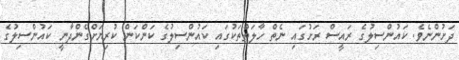
ދަށުންނެވެ. ކައުންސިލުގެ ރައީސް ރަށުގައި ނެތް ހާލަތްތަކުގައި ކައުންސިލުގެ ކަންކަން ކުރިޔަށްގެންދާނީ ކައުންސިލުގެ